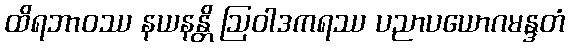
ထိရဘာဝဿ နယနန္တိ ဩဝါဒကရဿ ပညာပယောဂမန္ဒတံ